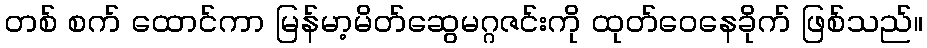
တစ် စက် ထောင်ကာ မြန်မာ့မိတ်ဆွေမဂ္ဂဇင်းကို ထုတ်ဝေနေခိုက် ဖြစ်သည်။